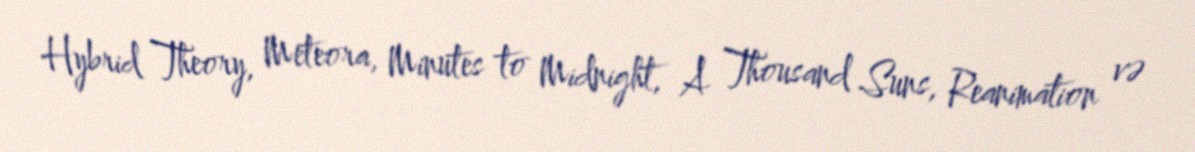
Hybrid Theory, Meteora, Minutes to Midnight, A Thousand Suns, Reanimation və